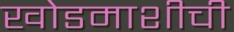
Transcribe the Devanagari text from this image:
खोडमाशीची